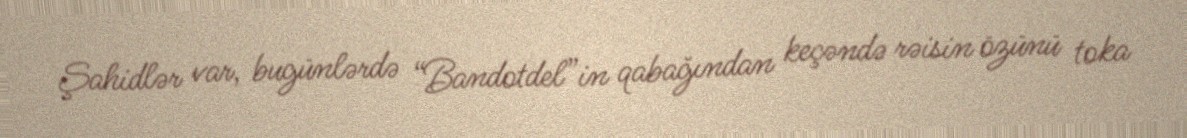
Şahidlər var, bugünlərdə “Bandotdel”in qabağından keçəndə rəisin özünü toka